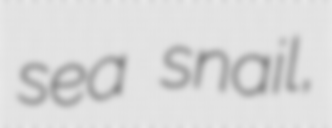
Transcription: sea snail,